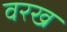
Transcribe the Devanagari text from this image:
वरख